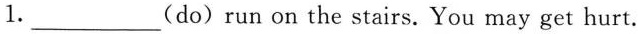
1. ___(do) run on the stairs. You may get hurt.